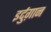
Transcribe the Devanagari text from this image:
इर्दुग़ान